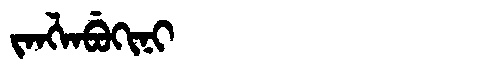
Manchu: ᠵᠠᠩᠯᠠᠪᡠᡴᡳᠨᡳ
Romanization: JANGLABUKINI